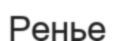
Ренье